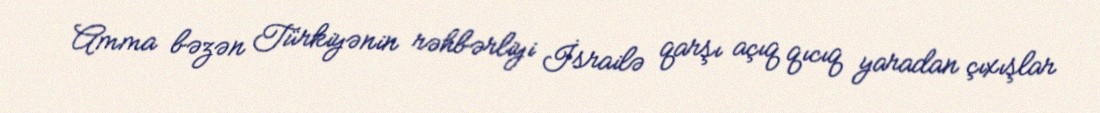
Amma bəzən Türkiyənin rəhbərliyi İsrailə qarşı açıq qıcıq yaradan çıxışlar